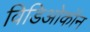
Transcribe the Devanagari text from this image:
विडिओकॉन